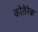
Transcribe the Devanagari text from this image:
कोतेरेक